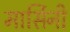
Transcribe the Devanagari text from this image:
मार्सिनी